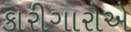
કારીગારોએ